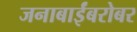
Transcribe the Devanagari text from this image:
जनाबाईंबरोबर